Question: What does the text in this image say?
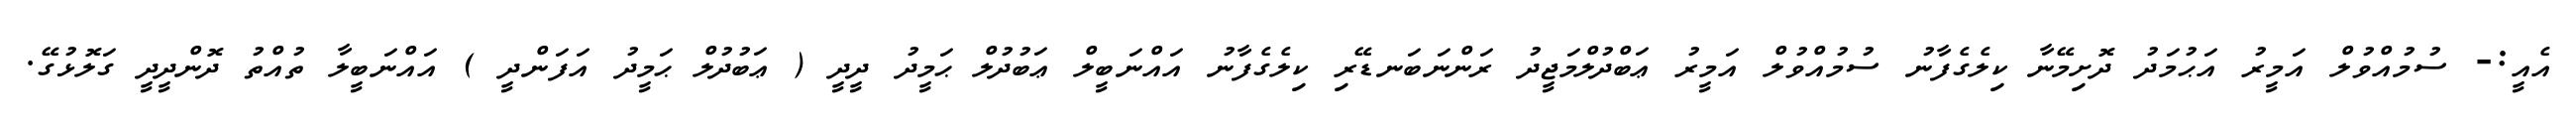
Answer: އެއީ:- ސުމުއްވުލް އަމީރު އަޙުމަދު ދޮށިމޭނާ ކިލެގެފާނު ސުމުއްވުލް އަމީރު ޢަބްދުލްމަޖީދު ރަންނަބަނޑޭރި ކިލެގެފާނު އައްނަބީލް ޢަބުދުލް ޙަމީދު ދީދީ ( ޢަބުދުލް ޙަމީދު އަފަންދީ ) އައްނަބީލާ ތުއްތު ދޮންދީދީ ގަލޮޅުގޭ.